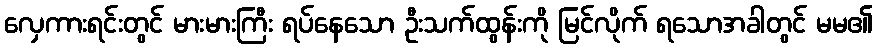
လှေကားရင်းတွင် မားမားကြီး ရပ်နေသော ဦးသက်ထွန်းကို မြင်လိုက် ရသောအခါတွင် မမ၏